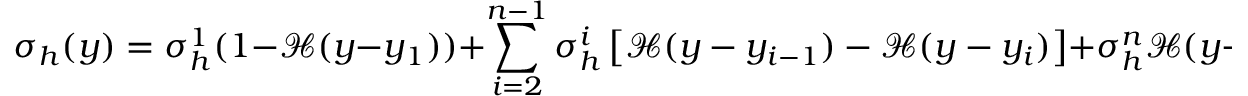
\sigma _ { h } ( y ) = \sigma _ { h } ^ { 1 } ( 1 - \mathcal { H } ( y - y _ { 1 } ) ) + \sum _ { i = 2 } ^ { n - 1 } \sigma _ { h } ^ { i } \left[ \mathcal { H } ( y - y _ { i - 1 } ) - \mathcal { H } ( y - y _ { i } ) \right] + \sigma _ { h } ^ { n } \mathcal { H } ( y - y _ { n - 1 } ) ,